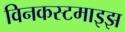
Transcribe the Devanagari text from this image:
विनकस्टमाइझ